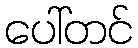
ပေါ်တင်